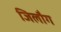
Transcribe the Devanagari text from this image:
जिलौग